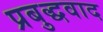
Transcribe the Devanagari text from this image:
प्रबुद्धवाद